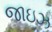
જાઇઝ